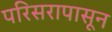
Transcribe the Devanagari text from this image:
परिसरापासून